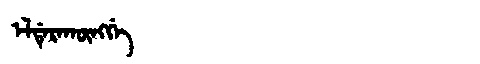
Manchu: ᡝᠯᡩᡝᡵᠠᡴᡡᠩᡤᡝ
Romanization: ELDERAKŪNGGE